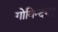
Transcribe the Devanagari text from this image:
गोविन्दभट्ट